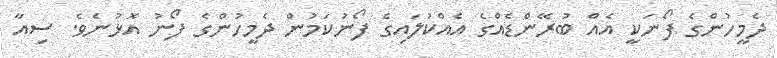
ދެމީހުންގެ ފޯނަކީ އެއް ބުރޭންޑެއްގެ އެއްކުލައިގެ ފޯނުކަމުން ދެމީހުންގެ ފޯނު އޮޅުނެވެ. ސިއާ